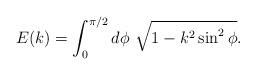
LaTeX: \begin{align*}E(k)=\int_0^{\pi/2}d\phi ~\sqrt{1-k^2\sin^2\phi}.\end{align*}